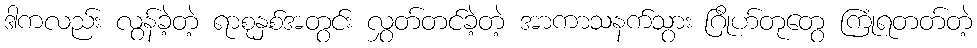
ဒါကလည်း လွန်ခဲ့တဲ့ ရာစုနှစ်အတွင်း လွှတ်တင်ခဲ့တဲ့ အာကာသနက်သွား ဂြိုဟ်တုတွေ ကြုံရတတ်တဲ့